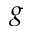
g